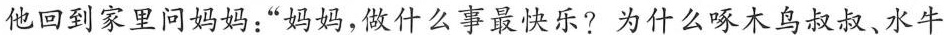
他回到家里问妈妈：“妈妈，做什么事最快乐? 为什么啄木鸟叔叔、水牛